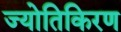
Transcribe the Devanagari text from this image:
ज्योतिकिरण